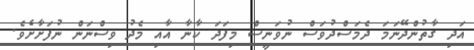
އަދި ގާތުންދޭނަމަ ދެމަސްދުވަސް ނުވަނީސް މިފަދަ ކާނާ އާއި މެދު ވިސްނަން ނުފަށާށެވެ.